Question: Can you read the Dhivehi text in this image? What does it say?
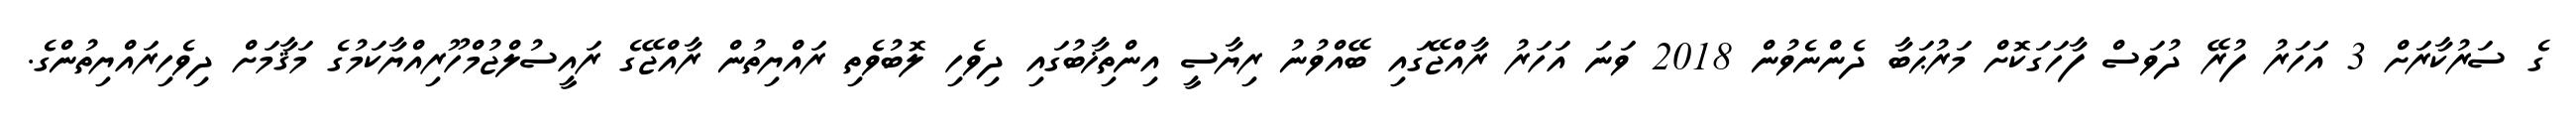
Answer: ގެ ސަރުކާރަށް 3 އަހަރު ފުރޭ ދުވަސް ފާހަގަކޮށް މަރުޙަބާ ދެންނެވުން 2018 ވަނަ އަހަރު ރާއްޖޭގައި ބޭއްވުނު ރިޔާސީ އިންތިޚާބުގައި ދިވެހި ލޮބުވެތި ރައްޔިތުން ރާއްޖޭގެ ރައީސުލްޖުމްހޫރިއްޔާކަމުގެ މަޤާމަށް ދިވެހިރައްޔިތުންގެ.